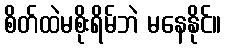
စိတ်ထဲမစိုးရိမ်ဘဲ မနေနိုင်။